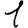
Digit: 1